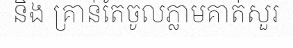
និង គ្រាន់តែចូលភ្លាមគាត់សួរ